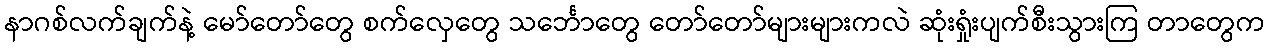
နာဂစ်လက်ချက်နဲ့ မော်တော်တွေ စက်လှေတွေ သင်္ဘောတွေ တော်တော်များများကလဲ ဆုံးရှုံးပျက်စီးသွားကြ တာတွေက